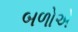
બળોએ